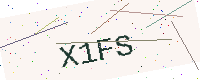
Text: X1FS